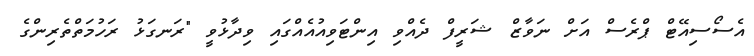
އެސޯސިއޭޓް ޕްރެސް އަށް ނަވާޒް ޝަރީފް ދެއްވި އިންޓަވިއުއެއްގައި ވިދާޅުވީ "ރަނގަޅު ރަހުމަތްތެރިންގެ